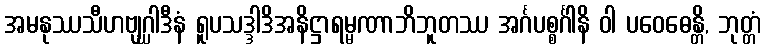
အမနုဿသီဟဗျဂ္ဃါဒီနံ ရူပသဒ္ဒါဒိအနိဋ္ဌာရမ္မဏာဘိဘူတဿ အင်္ဂပစ္စင်္ဂါနိ ဝါ ပဝေဓေန္တိ, ဘုတ္တံ